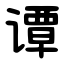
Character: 谭